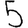
Digit: 5